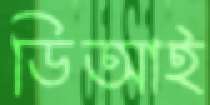
ডিআই